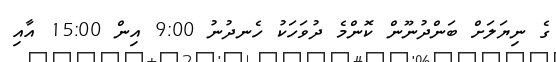
ގެ ނިޔަލަށް ބަންދުނޫން ކޮންމެ ދުވަހަކު ހެނދުނު 9:00 އިން 15:00 އާއި